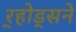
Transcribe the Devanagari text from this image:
र्‍होड्सने